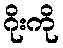
ဂိုးကို